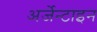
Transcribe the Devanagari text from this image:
अर्जेन्टाइन